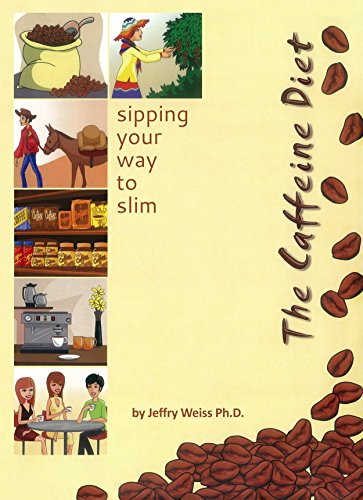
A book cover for The Caffeine Diet: sipping your way to slim (why we eat Book 3); Jeffry Weiss; Health, Fitness & Dieting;